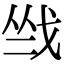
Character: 𢦺